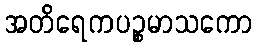
အတိရေကပဉ္စမာသကော